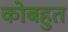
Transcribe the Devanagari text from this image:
कोबहुत